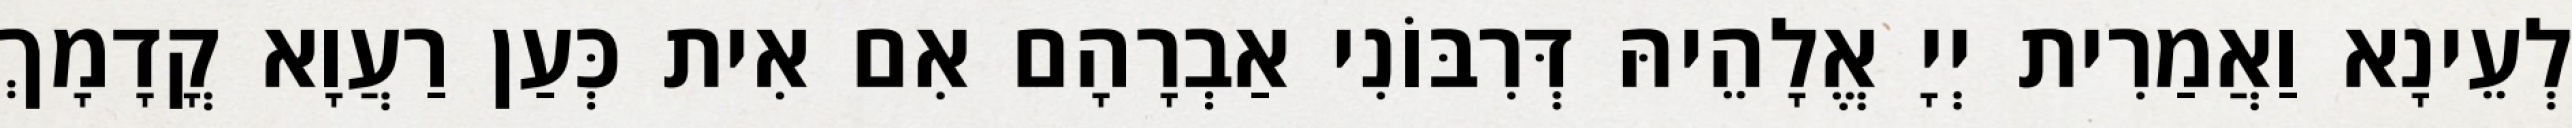
לְעֵינָא וַאֲמַרִית יְיָ אֱלָהֵיהּ דְּרִבּוֹנִי אַבְרָהָם אִם אִית כְּעַן רַעֲוָא קֳדָמָךְ